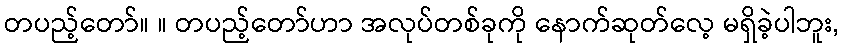
တပည့်တော်။ ။ တပည့်တော်ဟာ အလုပ်တစ်ခုကို နောက်ဆုတ်လေ့ မရှိခဲ့ပါဘူး,